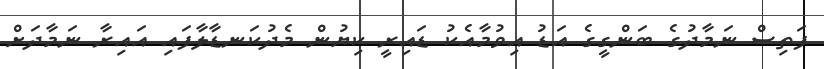
ފަތިސް ނަމާދުގެ ބަންގީގެ އަޑު އިވުމާއެކު ޑައިރީ ކިޔުން މެދުކަނޑާލާފައި އައިރާ ނަމާދަށް